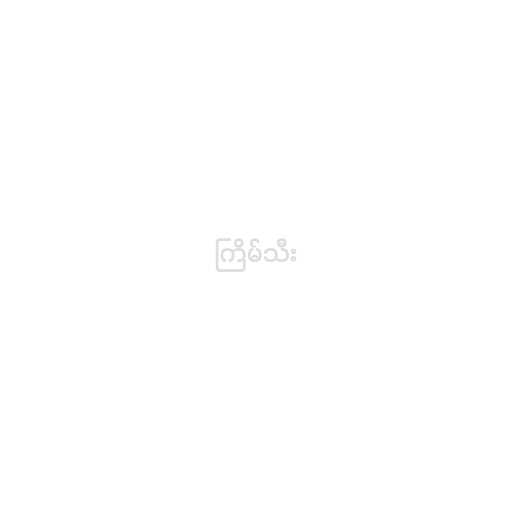
ကြိမ်သီး